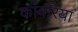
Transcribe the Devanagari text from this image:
काँवरिया